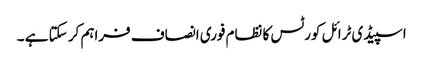
اسپیڈی ٹرائل کورٹس کا نظام فوری انصاف فراہم کر سکتا ہے ۔